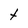
Character: t